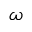
\omega